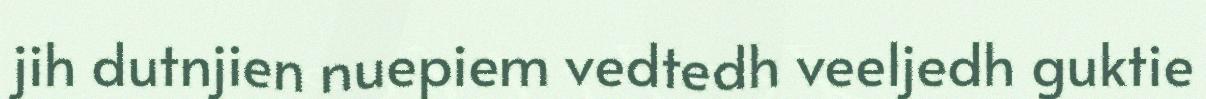
jih dutnjien nuepiem vedtedh veeljedh guktie